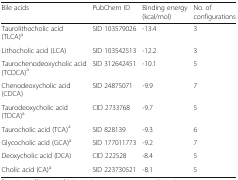
| Bile acids | PubChem ID | Binding energy (kcal/mol) | No. of configurations |
 | --- | --- | --- | --- |
 | Taurolithocholic acid (TLCA)a | SID 103579026 | -13.4 | 3 |
 | Lithocholic acid (LCA) | SID 103542513 | -12.2 | 3 |
 | Taurochenodeoxycholic acid (TCDCA)a | SID 312642451 | -10.1 | 5 |
 | Chenodeoxycholic acid (CDCA) | SID 24875071 | -9.9 | 7 |
 | Taurodeoxycholic acid (TDCA)a | CID 2733768 | -9.7 | 5 |
 | Taurocholic acid (TCA)a | SID 828139 | -9.3 | 6 |
 | Glycocholic acid (GCA)a | SID 177011773 | -9.2 | 7 |
 | Deoxycholic acid (DCA) | CID 222528 | -8.4 | 5 |
 | Cholic acid (CA)a | SID 223730521 | -8.1 | 5 |